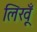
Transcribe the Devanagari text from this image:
लिखूँ